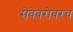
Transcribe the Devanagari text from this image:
सेवेबरोबरच